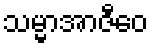
သမ္မာအာဇီဝေ